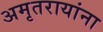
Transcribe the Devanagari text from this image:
अमृतरायांना